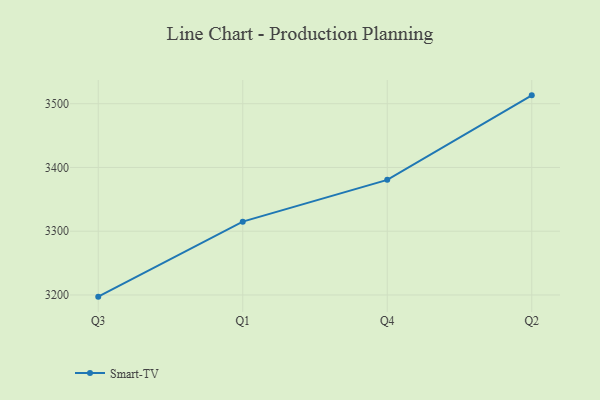
{"axis": {"x": "Quarter", "y": "Waste Production (Tons)"}, "legend": ["Smart-TV"], "data": [{"x": "Q3", "y": 3197.4, "type": "Smart-TV"}, {"x": "Q1", "y": 3315.0, "type": "Smart-TV"}, {"x": "Q4", "y": 3380.6, "type": "Smart-TV"}, {"x": "Q2", "y": 3513.1, "type": "Smart-TV"}]}